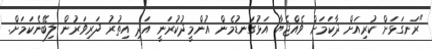
"ރަނގަޅަށް ކުރިއަށް ދާކަމަށް ވެއްޖެޔާ އަޅުގަނޑުމެން އުންމީދުކުރަނީ އަދި އިތުރު ދަރިވަރުން ލިބޭނެކަމަށް.